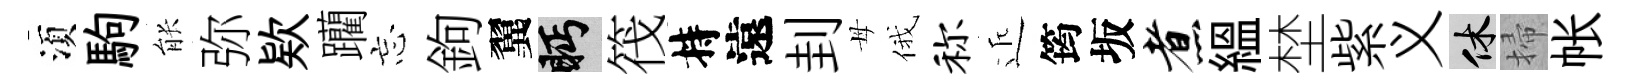
湏駒䏻弥欵躪忘鉤翼眄筏持遠刲母俄称近筠坂煮緼埜紫义休掃帐